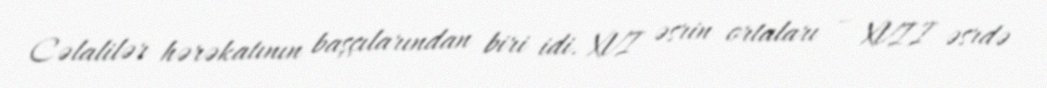
Cəlalilər hərəkatının başçılarından biri idi. XVI əsrin ortaları – XVII əsrdə